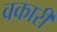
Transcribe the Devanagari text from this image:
वकारी